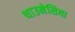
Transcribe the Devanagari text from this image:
थाउमेसिया